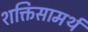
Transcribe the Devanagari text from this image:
शक्तिसामर्थ